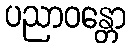
ပညာဝန္တော